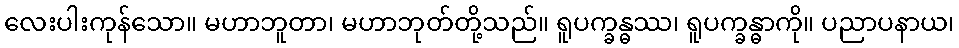
လေးပါးကုန်သော။ မဟာဘူတာ၊ မဟာဘုတ်တို့သည်။ ရူပက္ခန္ဓဿ၊ ရူပက္ခန္ဓာကို။ ပညာပနာယ၊